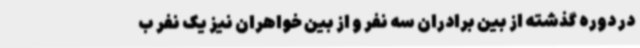
در دوره گذشته از بین برادران سه نفر و از بین خواهران نیز یک نفر ب